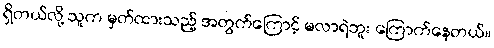
ရှိတယ်လို့ သူက မှတ်ထားသည့် အတွက်ကြောင့် မလာရဲဘူး ကြောက်နေတယ်။